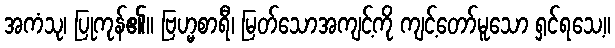
အကံသု၊ ပြုကုန်၏။ ဗြဟ္မစာရီ၊ မြတ်သောအကျင့်ကို ကျင့်တော်မူသော ရှင်ရသေ့။